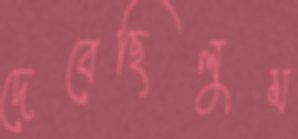
দেবেছিলুম